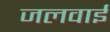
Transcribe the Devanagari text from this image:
जलवाई